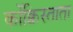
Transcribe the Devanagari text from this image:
कोंक्विस्ताता